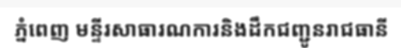
ភ្នំពេញ មន្ទីរសាធារណការនិងដឹកជញ្ជូនរាជធានី